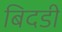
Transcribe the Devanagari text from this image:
बिदडी